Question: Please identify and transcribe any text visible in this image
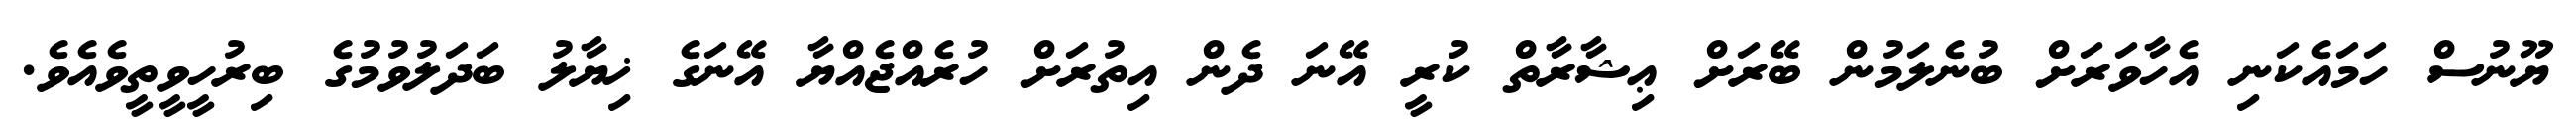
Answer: ޔޫނުސް ހަމައެކަނި އެހާވަރަށް ބުނެލަމުން ބޭރަށް ޢިޝާރާތް ކުރީ އޭނަ ދެން އިތުރަށް ހުރެއްޖެއްޔާ އޭނަގެ ޚިޔާލު ބަދަލުވުމުގެ ބިރުހީވީތީވެއެވެ.